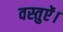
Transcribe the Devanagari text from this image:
वस्तुऐं।